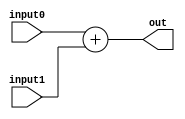
module add8(
  input wire [7:0] input0,
  input wire [7:0] input1,
  output wire [7:0] out
);
  assign out = input0 + input1;
endmodule